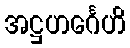
အဋ္ဌဟင်္ဂေဟိ